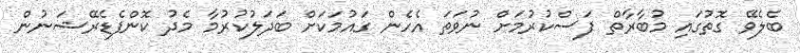
ބެލެވޭ ގޮތުގައި މުބާރާތް ފަސްކުރުމަށް ނުވަތަ އެހެން ގައުމަކަށް ބަދަލުކުރުމާ މެދު ކޮންފެޑެރޭޝަނުން